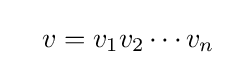
\quad v=v_{1}v_{2}\cdots v_{n}